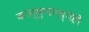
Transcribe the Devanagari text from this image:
कान्कुनमध्येही